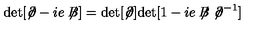
\mathrm { d e t } [ \not { \! \partial } - i e \not { \! \! B } ] = \mathrm { d e t } [ \not { \! \partial } ] \mathrm { d e t } [ 1 - i e \not { \! \! B } \not { \! \partial } ^ { - 1 } ]